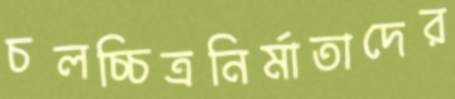
চলচ্চিত্রনির্মাতাদের